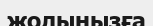
жолыңызға